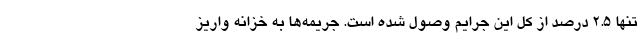
تنها ۲.۵ درصد از کل این جرایم وصول شده است. جریمه‌ها به خزانه واریز